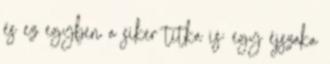
és ez egyben a siker titka is: egy éjszaka